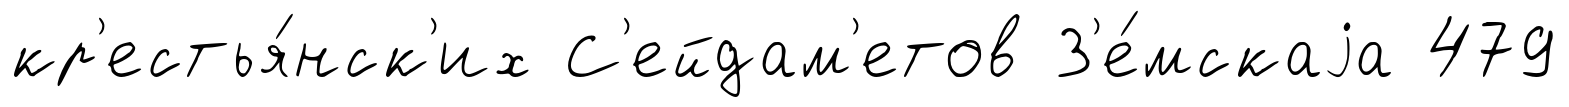
кр'естья́нск'их С'ейдам'етов З'е́мскаjа 479